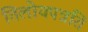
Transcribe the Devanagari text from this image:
तिलोयपन्नति